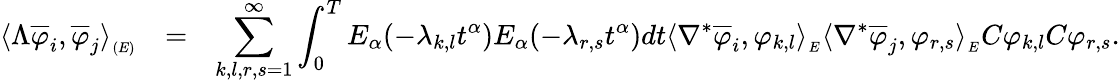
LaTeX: \begin{array}{llll}{\langle\Lambda\overline{{\varphi}}_{i},\overline{{\varphi}}_{j}\rangle_{_{(E)}}}&{=}&{\displaystyle\sum_{k,l,r,s=1}^{\infty}\int_{0}^{T}E_{\alpha}(-\lambda_{k,l}t^{\alpha})E_{\alpha}(-\lambda_{r,s}t^{\alpha})dt\langle\nabla^{*}\overline{{\varphi}}_{i},\varphi_{k,l}\rangle_{_{E}}\langle\nabla^{*}\overline{{\varphi}}_{j},\varphi_{r,s}\rangle_{_{E}}C\varphi_{k,l}C\varphi_{r,s}.}\end{array}